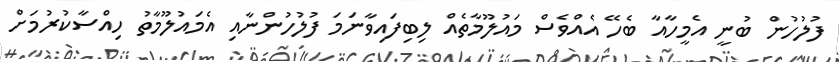
ފުލުހުން ބުނީ އެމީހާއާ ބެހޭ އެއްވެސް މައުލޫމާތެއް ލިބިފައިވާނަމަ ފުލުހުންނާއި އެމައުލޫމާތު ހިއްސާކުރުމަށް